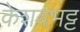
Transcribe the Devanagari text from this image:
केशवभट्ट